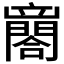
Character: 𨶼